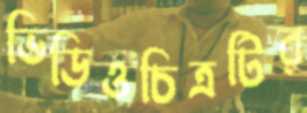
ভিডিওচিত্রটির